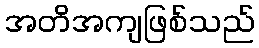
အတိအကျဖြစ်သည်